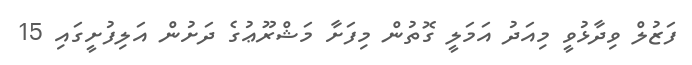
ފަޒުލް ވިދާޅުވީ މިއަދު އަމަލީ ގޮތުން މިފަށާ މަޝްރޫޢުގެ ދަށުން އަލިފުށީގައި 15